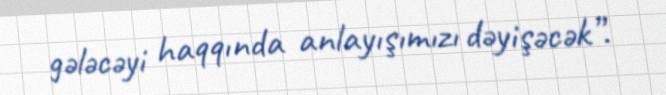
gələcəyi haqqında anlayışımızı dəyişəcək”.